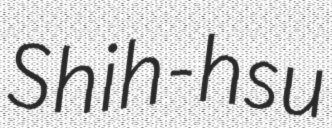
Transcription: Shih-hsu